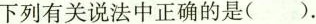
下列有关说法中正确的是()。